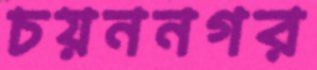
চয়ননগর